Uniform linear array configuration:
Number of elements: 16
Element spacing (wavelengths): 0.75
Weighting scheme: hamming
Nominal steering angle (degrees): -45
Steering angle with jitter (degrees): -45.953
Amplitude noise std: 0.05
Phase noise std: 0.05

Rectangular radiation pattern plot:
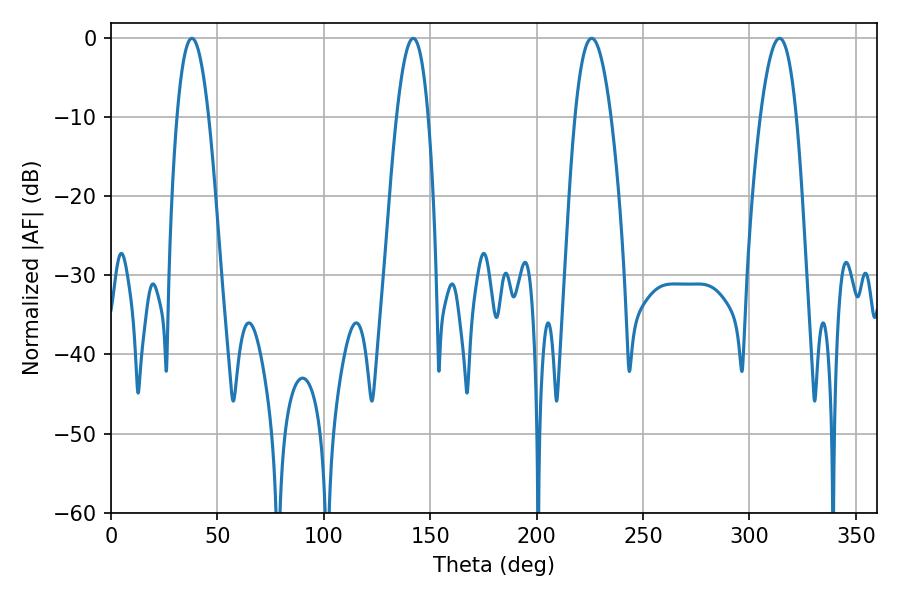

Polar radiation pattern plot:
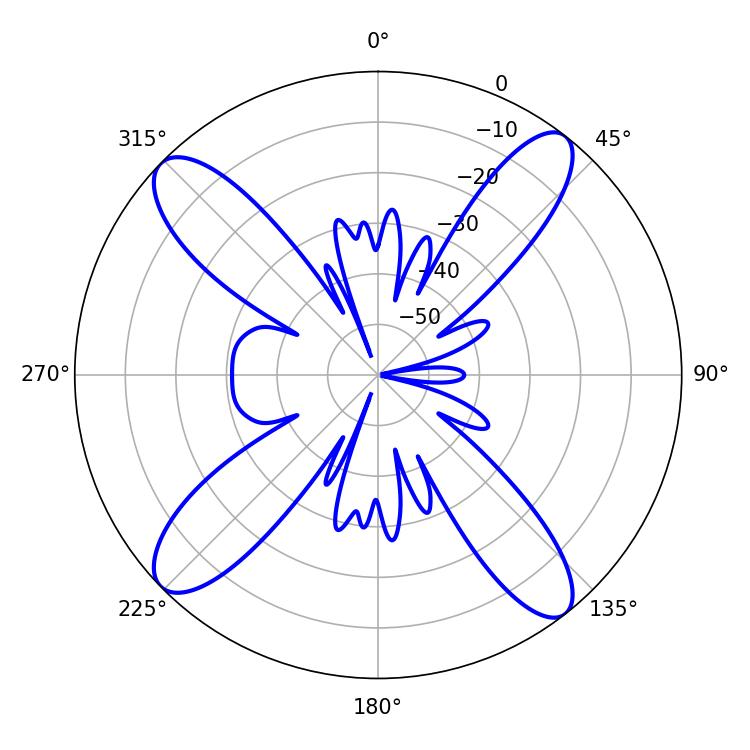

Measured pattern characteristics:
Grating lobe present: TRUE
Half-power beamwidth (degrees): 8.1
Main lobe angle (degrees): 142.02